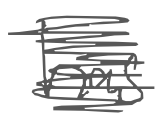
Text: has
Cross-out: scratch
Writing tool: digital_gray